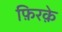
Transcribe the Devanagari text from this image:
फ़िरक़े